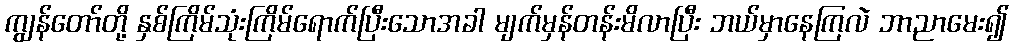
ကျွန်တော်တို့ နှစ်ကြိမ်သုံးကြိမ်ရောက်ပြီးသောအခါ မျက်မှန်တန်းမိလာပြီး ဘယ်မှာနေကြလဲ ဘာညာမေး၍